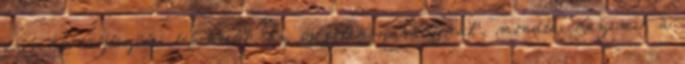
euró keresztszülei lefektetik az új játékszabályokat“, mondta Kažimír a